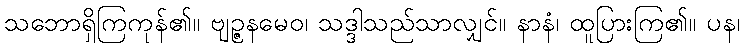
သဘောရှိကြကုန်၏။ ဗျဉ္ဇနမေဝ၊ သဒ္ဒါသည်သာလျှင်။ နာနံ၊ ထူပြားကြ၏။ ပန၊